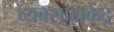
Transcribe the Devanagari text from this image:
व्यवसायकेंद्र